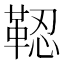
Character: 𩊫